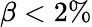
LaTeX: \beta<2\%